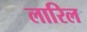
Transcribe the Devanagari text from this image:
लारिल